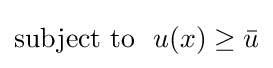
{\rm {subject~to}}\ \ u(x)\geq {\bar {u}}